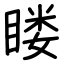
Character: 䁖